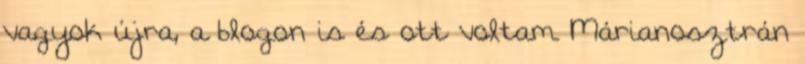
vagyok újra, a blogon is és ott voltam Márianosztrán